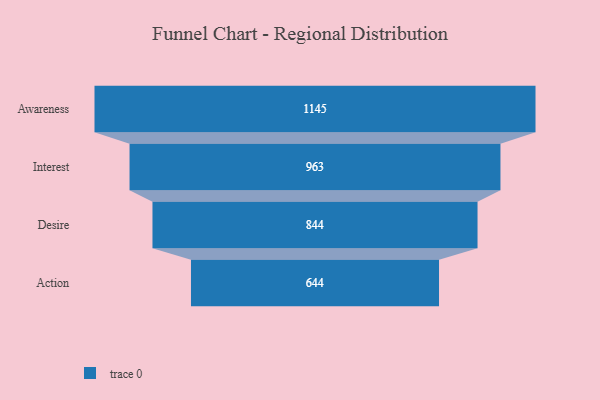
{"axis": {"x": "Stage", "y": "Value"}, "legend": [""], "data": [{"x": "Awareness", "y": 1145.0, "type": ""}, {"x": "Interest", "y": 963.0, "type": ""}, {"x": "Desire", "y": 844.0, "type": ""}, {"x": "Action", "y": 644.0, "type": ""}]}